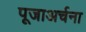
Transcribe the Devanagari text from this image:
पूजाअर्चना